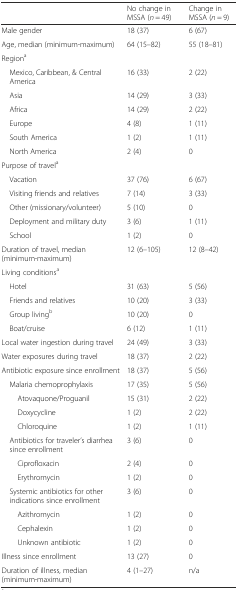
<table><thead><tr><td>[EMPTY_CELL]</td><td><b>No change in MSSA (<i>n</i> = 49)</b></td><td><b>Change in MSSA (<i>n</i> = 9)</b></td></tr></thead><tbody><tr><td>Male gender</td><td>18 (37)</td><td>6 (67)</td></tr><tr><td>Age, median (minimum-maximum)</td><td>64 (15–82)</td><td>55 (18–81)</td></tr><tr><td colspan="3">Region<sup>a</sup></td></tr><tr><td> Mexico, Caribbean, &amp; Central America</td><td>16 (33)</td><td>2 (22)</td></tr><tr><td> Asia</td><td>14 (29)</td><td>3 (33)</td></tr><tr><td> Africa</td><td>14 (29)</td><td>2 (22)</td></tr><tr><td> Europe</td><td>4 (8)</td><td>1 (11)</td></tr><tr><td> South America</td><td>1 (2)</td><td>1 (11)</td></tr><tr><td> North America</td><td>2 (4)</td><td>0</td></tr><tr><td colspan="3">Purpose of travel<sup>a</sup></td></tr><tr><td> Vacation</td><td>37 (76)</td><td>6 (67)</td></tr><tr><td> Visiting friends and relatives</td><td>7 (14)</td><td>3 (33)</td></tr><tr><td> Other (missionary/volunteer)</td><td>5 (10)</td><td>0</td></tr><tr><td> Deployment and military duty</td><td>3 (6)</td><td>1 (11)</td></tr><tr><td> School</td><td>1 (2)</td><td>0</td></tr><tr><td>Duration of travel, median (minimum-maximum)</td><td>12 (6–105)</td><td>12 (8–42)</td></tr><tr><td colspan="3">Living conditions<sup>a</sup></td></tr><tr><td> Hotel</td><td>31 (63)</td><td>5 (56)</td></tr><tr><td> Friends and relatives</td><td>10 (20)</td><td>3 (33)</td></tr><tr><td> Group living<sup>b</sup></td><td>10 (20)</td><td>0</td></tr><tr><td> Boat/cruise</td><td>6 (12)</td><td>1 (11)</td></tr><tr><td>Local water ingestion during travel</td><td>24 (49)</td><td>3 (33)</td></tr><tr><td>Water exposures during travel</td><td>18 (37)</td><td>2 (22)</td></tr><tr><td>Antibiotic exposure since enrollment</td><td>18 (37)</td><td>5 (56)</td></tr><tr><td> Malaria chemoprophylaxis</td><td>17 (35)</td><td>5 (56)</td></tr><tr><td>Atovaquone/Proguanil</td><td>15 (31)</td><td>2 (22)</td></tr><tr><td>Doxycycline</td><td>1 (2)</td><td>2 (22)</td></tr><tr><td>Chloroquine</td><td>1 (2)</td><td>1 (11)</td></tr><tr><td> Antibiotics for traveler’s diarrhea since enrollment</td><td>3 (6)</td><td>0</td></tr><tr><td>Ciprofloxacin</td><td>2 (4)</td><td>0</td></tr><tr><td>Erythromycin</td><td>1 (2)</td><td>0</td></tr><tr><td> Systemic antibiotics for other indications since enrollment</td><td>3 (6)</td><td>0</td></tr><tr><td>Azithromycin</td><td>1 (2)</td><td>0</td></tr><tr><td>Cephalexin</td><td>1 (2)</td><td>0</td></tr><tr><td>Unknown antibiotic</td><td>1 (2)</td><td>0</td></tr><tr><td>Illness since enrollment</td><td>13 (27)</td><td>0</td></tr><tr><td>Duration of illness, median (minimum-maximum)</td><td>4 (1–27)</td><td>n/a</td></tr></tbody></table>